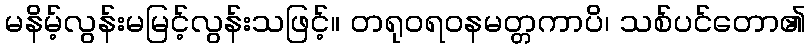
မနိမ့်လွန်းမမြင့်လွန်းသဖြင့်။ တရုဝရဝနမတ္တကာပိ၊ သစ်ပင်တော၏